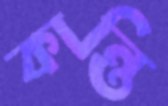
কান্তি